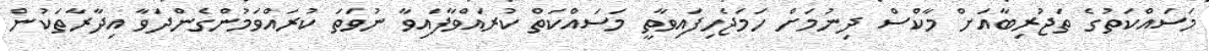
މަސައްކަތުގެ ތަޖުރިބާއަށް މާކްސް ދިނުމަށް ހަމަޖެހިފައިވާތީ މަސައްކަތް ކުރައްވާފައިވާ ނުވަތަ ކުރައްވަމުންގެންދަވާ އިދާރާތަކުން